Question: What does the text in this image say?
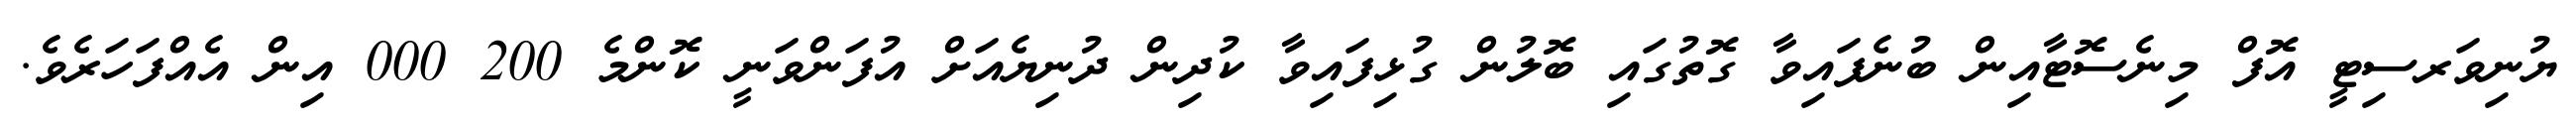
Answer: ޔުނިވަރސިޓީ އޮފް މިނެސޮޓާއިން ބުނެފައިވާ ގޮތުގައި ބޮލުން ގުޅިފައިވާ ކުދިން ދުނިޔެއަށް އުފަންވަނީ ކޮންމެ 200 000 އިން އެއްފަހަރެވެ.